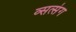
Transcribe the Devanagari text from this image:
व्सत्संग